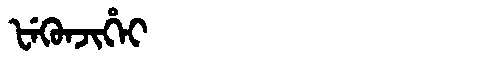
Manchu: ᡶᡝᡴᡠᠨᠵᡳᡥᡝᡳ
Romanization: FEKUNJIHEI